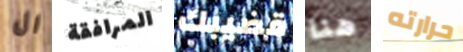
ال المرافقة قضيبك هنا حرارته